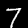
Digit: 7